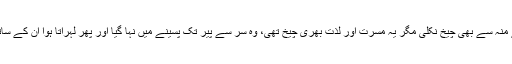
عادل کے منہ سے بھی چیخ نکلی مگر یہ مسرت اور لذت بھری چیخ تھی، وہ سر سے پیر تک پسینے میں نہا گیا اور پھر لہراتا ہوا اُن کے ساتھ چل دیا۔